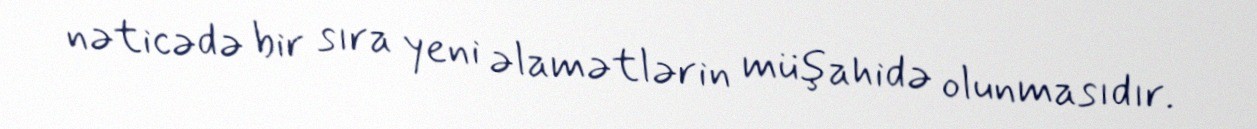
nəticədə bir sıra yeni əlamətlərin müşahidə olunmasıdır.